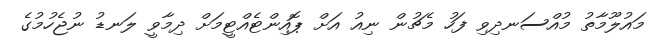
މައުލޫމާތު މުއްސަނދިވި ފަހު މެޗުން ނިއު އަށް ޕޮއިންޓެއްޓީމަށް ދިމާވީ ލަނޑު ނުޖެހުމުގެ